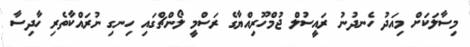
މިސާލަކަށް މިއަދު ހެނދުނު ރައީސުލް ޖުމްހޫރިއްޔާގެ ރަސްމީ ލޯންޗްގައި ހިނގި ނުރައްކާތެރި ހާދިސާ